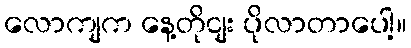
လောကျက နေ့တိုငျး ပိုလာတာပေါ့။